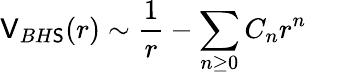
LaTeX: \mathsf{V}_{BH\mathsf{S}}(r)\sim{\frac{{1}}{{r}}}-{\sum_{n\ge0}C_{n}r^{n}}\qquad